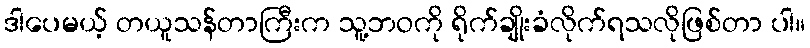
ဒါပေမယ့် တယူသန်တာကြီးက သူ့ဘဝကို ရိုက်ချိုးခံလိုက်ရသလိုဖြစ်တာ ပါ။